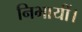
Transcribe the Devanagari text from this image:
निभायीं।